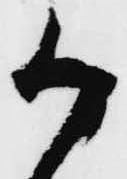
か